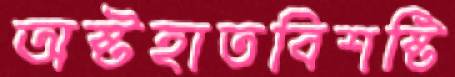
অষ্টহাতবিশষ্টি